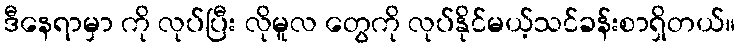
ဒီနေရာမှာ ကို လုပ်ပြီး လိုမူလ တွေကို လုပ်နိုင်မယ့်သင်ခန်းစာရှိတယ်။